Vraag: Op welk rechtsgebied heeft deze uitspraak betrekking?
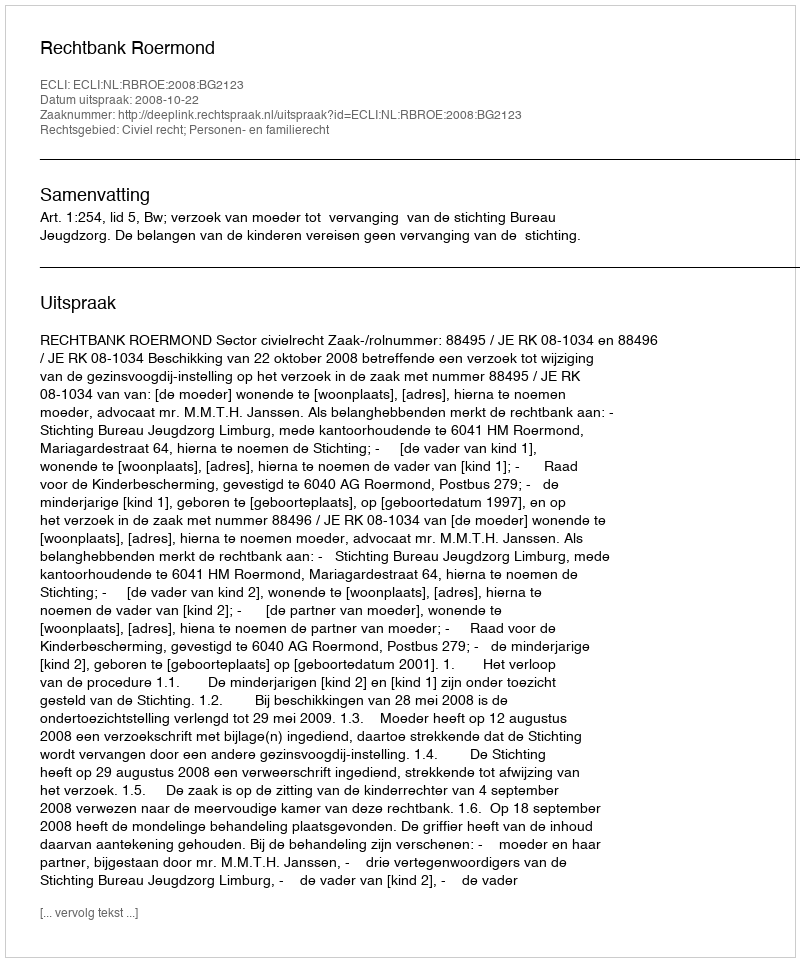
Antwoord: Civiel recht; Personen- en familierecht